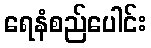
ရေနံစည်ပေါင်း